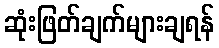
ဆုံးဖြတ်ချက်များချရန်